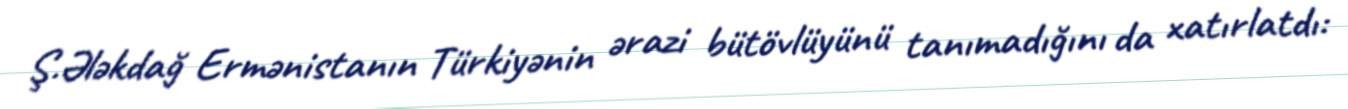
Ş.Ələkdağ Ermənistanın Türkiyənin ərazi bütövlüyünü tanımadığını da xatırlatdı: